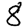
Digit: 8